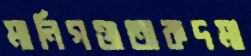
মানিগঞ্জতাকদমা